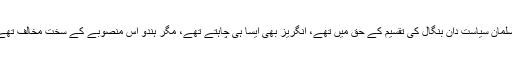
مسلمان سیاست دان بنگال کی تقسیم کے حق میں تھے، انگریز بھی ایسا ہی چاہتے تھے، مگر ہندو اس منصوبے کے سخت مخالف تھے۔